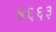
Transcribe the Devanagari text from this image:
४६६३